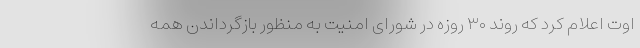
اوت اعلام کرد که روند ۳۰ روزه در شورای امنیت به منظور بازگرداندن همه